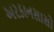
અરકાનસાસો